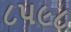
૮૫૯૮